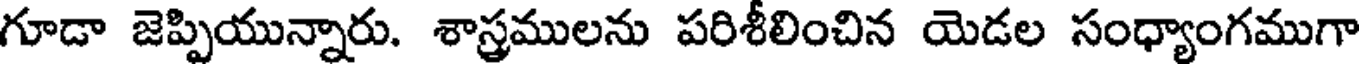
గూడా జెప్పియున్నారు. శాస్త్రములను పరిశీలించిన యెడల సంధ్యాంగముగా